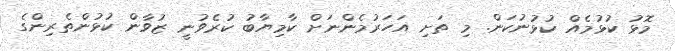
މޮޅު ކުޅުމެއް ކުޅުނުކަން. މި ތަށި އަހަރުމެންނަށް ކާމިޔާބު ކުރެވުނީ ޒުވާން ކުޅުންތެރިންގެ